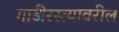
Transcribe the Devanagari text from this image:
गाडीरस्त्यावरील